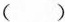
( )